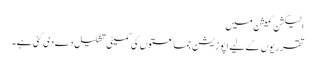
الیکشن کمیشن میں
تقرریوں کے لیے اپوزیشن جماعتوں کی کمیٹی تشکیل دے دی گئی ہے۔